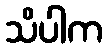
သိပါက